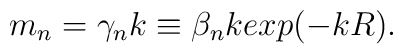
m_n = \gamma_n k \equiv \beta_n  k exp(-kR).